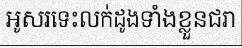
អូសរទេះលក់ដូងទាំងខ្លួនជរា